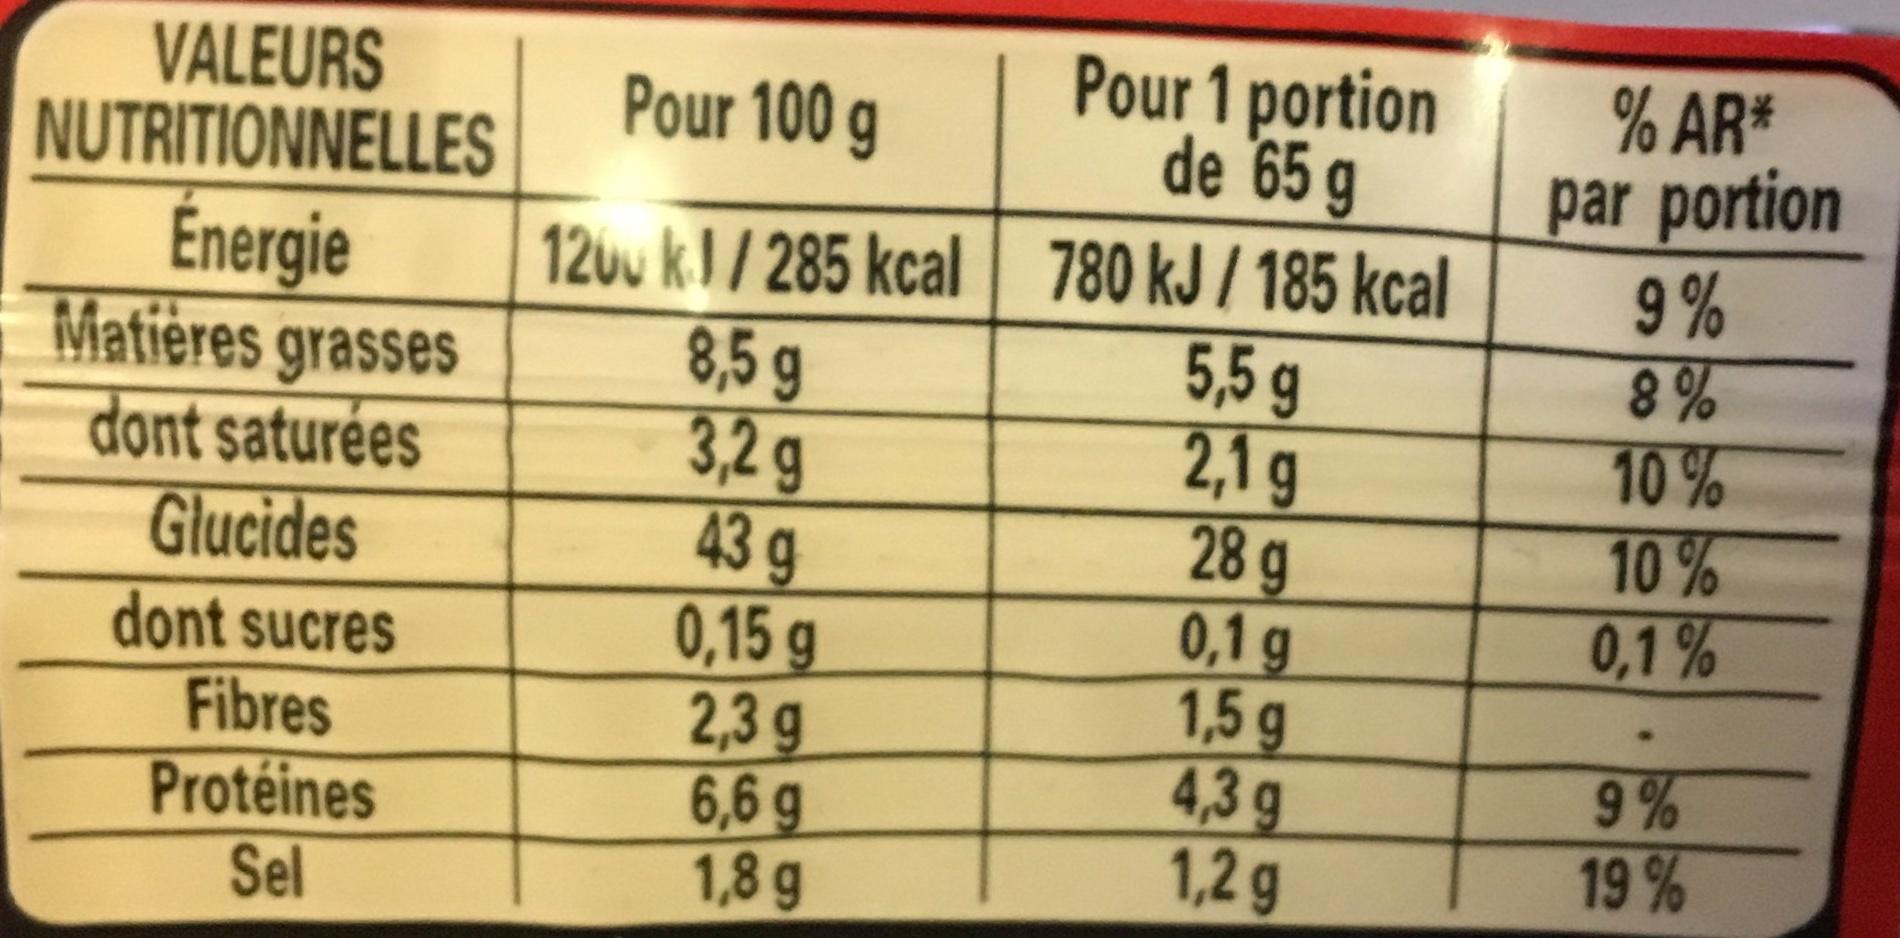
VALEURS NUTRITIONNELLES Énergie
Matières grasses dont saturées Glucides
dont sucres
Fibres
Protéines
Sel
Pour 100 g
120 kJ/285 kcal
8,5 g
3,2 g
43 g
0,15 g
2,3 g
6,6 g
1,8 g
Pour 1 portion de 65 g
780 kJ/185 kcal
5,5 g
2,1g
28 g
0,1 g
1,5 g
4,3 g
1,2 g
% AR*
par portion
9%
8%
10%
10%
0,1%
9%
19%